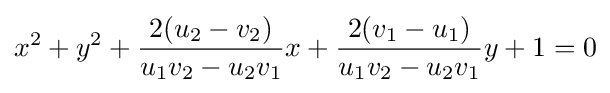
x^{2}+y^{2}+{\frac {2(u_{2}-v_{2})}{u_{1}v_{2}-u_{2}v_{1}}}x+{\frac {2(v_{1}-u_{1})}{u_{1}v_{2}-u_{2}v_{1}}}y+1=0